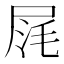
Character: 𡱤